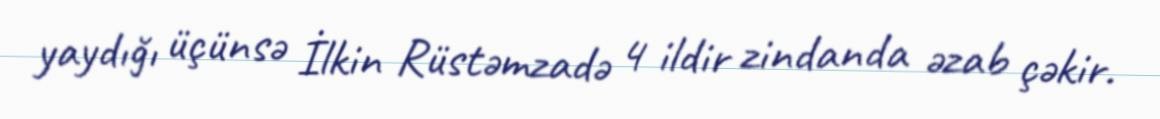
yaydığı üçünsə İlkin Rüstəmzadə 4 ildir zindanda əzab çəkir.